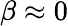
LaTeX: \beta\approx 0